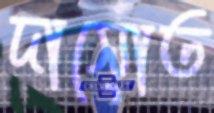
দাসোত